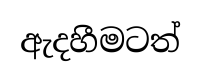
ඇදහීමටත්